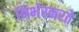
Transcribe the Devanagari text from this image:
निर्भरकरते